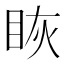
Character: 𰥝